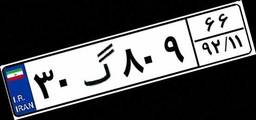
۱۵گ۳۳۵۵۸